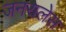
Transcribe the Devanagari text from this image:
जनरालेस